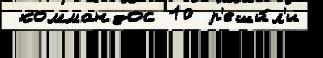
 коммандос 10 р'еши́л'и